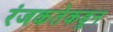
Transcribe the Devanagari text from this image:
रंजकतेकडून